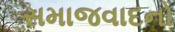
સમાજવાદનો